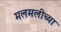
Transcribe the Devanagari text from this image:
मलमलीच्या